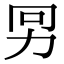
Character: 𠡋